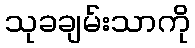
သုခချမ်းသာကို